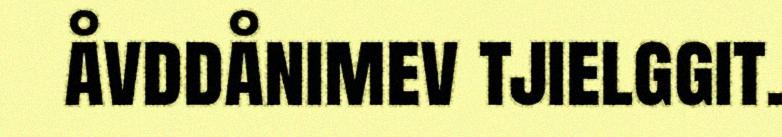
åvddånimev tjielggit.